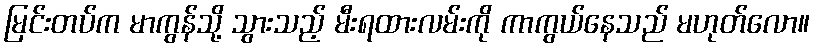
မြင်းတပ်က မာကွန်သို့ သွားသည့် မီးရထားလမ်းကို ကာကွယ်နေသည် မဟုတ်လော။